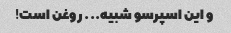
و این اسپرسو شبیه... روغن است!